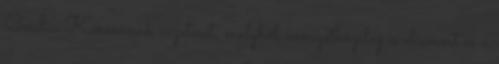
Cecília Kórusának vezetését, melyből nemzetközileg is elismert és a